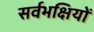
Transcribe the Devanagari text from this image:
सर्वभक्षियों